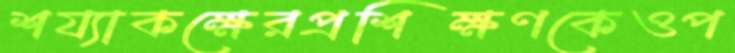
শয্যাকক্ষেরপ্রশিক্ষণকেওপ